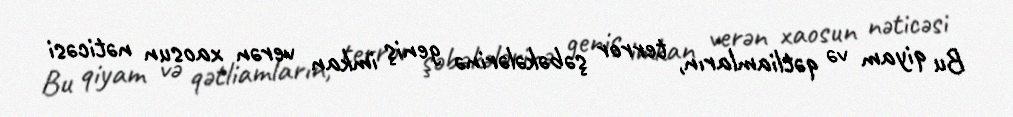
Bu qiyam və qətliamların, terror şəbəkələrinə geniş imkan verən xaosun nəticəsi